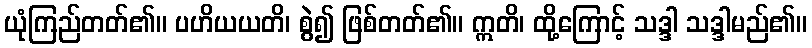
ယုံကြည်တတ်၏။ ပဟိယယတိ၊ စွဲ၍ ဖြစ်တတ်၏။ ဣတိ၊ ထို့ကြောင့် သဒ္ဒါ သဒ္ဒါမည်၏။